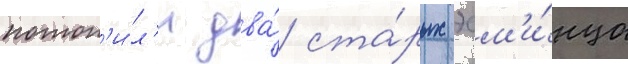
потоп'и́л'и два́ ста́рых эсм'и́нца